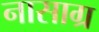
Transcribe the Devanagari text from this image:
नासाग्र